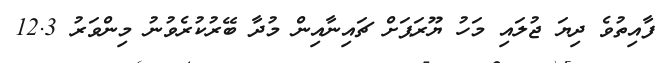
ފާއިތުވެ ދިޔަ ޖުލައި މަހު ޔޫރަޕަށް ޗައިނާއިން މުދާ ބޭރުކުރެވުނު މިންވަރު 12.3